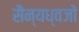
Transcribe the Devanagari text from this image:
सैन्यध्वजों